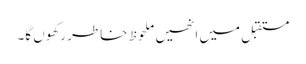
مستقبل میں انھیں ملحوظ خاطر رکھوں گا۔